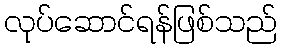
လုပ်ဆောင်ရန်ဖြစ်သည်